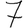
Digit: 7